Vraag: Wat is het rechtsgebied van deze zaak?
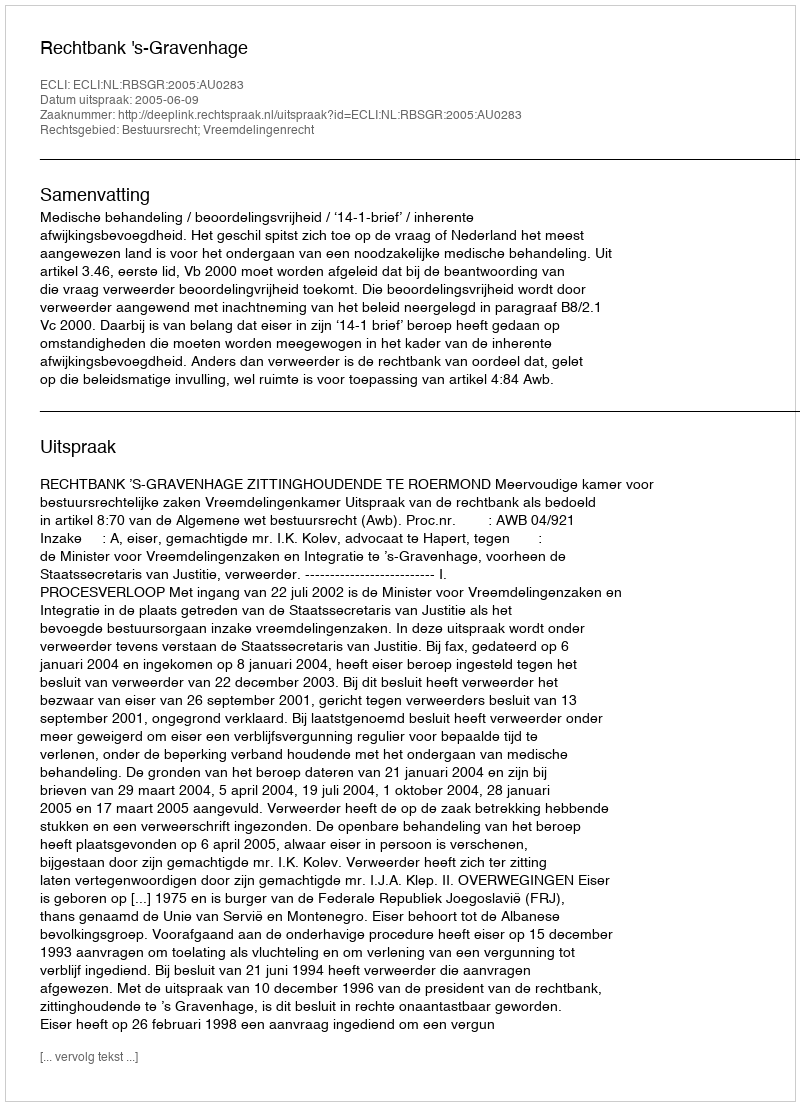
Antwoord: Bestuursrecht; Vreemdelingenrecht